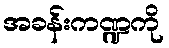
အခန်းကဏ္ဍကို